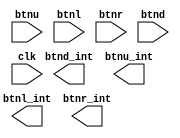
module anti_dither(
    input btnu,
    input btnl,
    input btnr,
    input btnd,
    output reg btnd_int,
    output reg btnu_int,
    output reg btnl_int,
    output reg btnr_int,
    input clk
    );
	 
 reg [19:0] cnt;
	 reg oi;
initial
begin
	op=0;
	 cnt=0;
	 oi=0;
end

always@(posedge clk)
begin
if(op==1)
	op=0;
if(btn!=oi)
begin
	if(cnt==20'd1000_000)
	cnt=0;
	else
	begin
		cnt=cnt+1;
		if(cnt==20'd999_999)
		begin
		oi=btn;
		if(btn==1)
			op=1;
		end
	end
end
else
	cnt=0;
end


endmodule